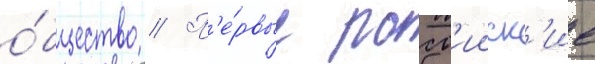
о́бщество // П'е́рвые росс'ииск'ие